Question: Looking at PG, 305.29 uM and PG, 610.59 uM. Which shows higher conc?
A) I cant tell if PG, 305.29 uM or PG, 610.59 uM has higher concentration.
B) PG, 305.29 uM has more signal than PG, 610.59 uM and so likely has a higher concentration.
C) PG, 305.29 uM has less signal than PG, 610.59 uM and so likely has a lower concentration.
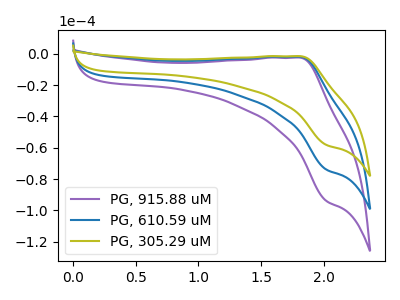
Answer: <think>The purple curve "PG, 915.88 uM" has an anodic peak at (1.80V, -3.90uA) and a cathodic peak at (2.00V, -147.90uA). The blue curve "PG, 610.59 uM" has an anodic peak at (1.80V, -1.95uA) and a cathodic peak at (2.00V, -73.95uA). The olive curve "PG, 305.29 uM" has an anodic peak at (1.80V, -1.55uA) and a cathodic peak at (2.00V, -58.20uA).
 All the peaks in "PG, 305.29 uM" have a peak in "PG, 610.59 uM" at the same potential.</think>
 <answer>A) I cant tell if "PG, 305.29 uM" or "PG, 610.59 uM" has higher concentration.</answer>
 <eval>A</eval>